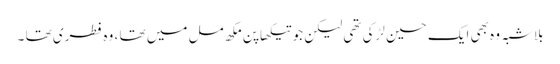
بلاشبہ وہ بھی ایک حسین لڑکی تھی لیکن جو تیکھا پن مکھ مل میں تھا ، وہ فطری تھا ۔